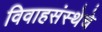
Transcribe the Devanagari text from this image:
विवाहसंस्थेचे